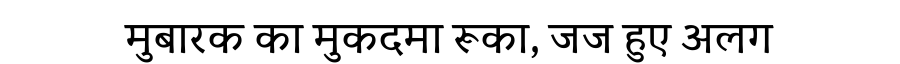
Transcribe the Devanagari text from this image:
मुबारक का मुकदमा रूका, जज हुए अलग